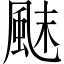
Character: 𩗂